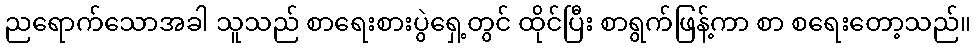
ညရောက်သောအခါ သူသည် စာရေးစားပွဲရှေ့တွင် ထိုင်ပြီး စာရွက်ဖြန့်ကာ စာ စရေးတော့သည်။